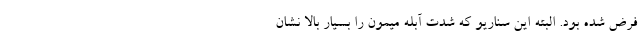
فرض شده بود. البته این سناریو که شدت آبله میمون را بسیار بالا نشان